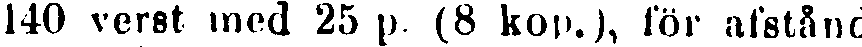
140 verst med 25 p. (8 kop.), för afstånd